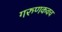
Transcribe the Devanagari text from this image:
गरुणकवच